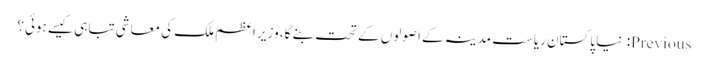
Previous: نیا پاکستان ریاست مدینہ کے اصولوں کے تحت بنے گا، وزیر اعظم ملک کی معاشی تباہی کیسے ہوئی؟